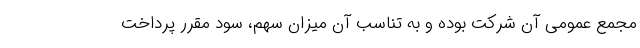
مجمع عمومی آن شرکت بوده و به تناسب آن میزان سهم، سود مقرر پرداخت